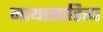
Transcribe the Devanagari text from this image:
गाथासाहित्य